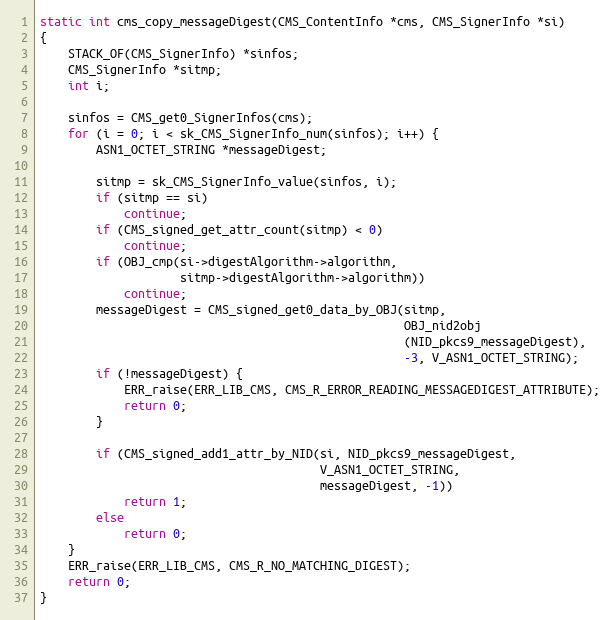
Language: C
static int cms_copy_messageDigest(CMS_ContentInfo *cms, CMS_SignerInfo *si)
{
    STACK_OF(CMS_SignerInfo) *sinfos;
    CMS_SignerInfo *sitmp;
    int i;

    sinfos = CMS_get0_SignerInfos(cms);
    for (i = 0; i < sk_CMS_SignerInfo_num(sinfos); i++) {
        ASN1_OCTET_STRING *messageDigest;

        sitmp = sk_CMS_SignerInfo_value(sinfos, i);
        if (sitmp == si)
            continue;
        if (CMS_signed_get_attr_count(sitmp) < 0)
            continue;
        if (OBJ_cmp(si->digestAlgorithm->algorithm,
                    sitmp->digestAlgorithm->algorithm))
            continue;
        messageDigest = CMS_signed_get0_data_by_OBJ(sitmp,
                                                    OBJ_nid2obj
                                                    (NID_pkcs9_messageDigest),
                                                    -3, V_ASN1_OCTET_STRING);
        if (!messageDigest) {
            ERR_raise(ERR_LIB_CMS, CMS_R_ERROR_READING_MESSAGEDIGEST_ATTRIBUTE);
            return 0;
        }

        if (CMS_signed_add1_attr_by_NID(si, NID_pkcs9_messageDigest,
                                        V_ASN1_OCTET_STRING,
                                        messageDigest, -1))
            return 1;
        else
            return 0;
    }
    ERR_raise(ERR_LIB_CMS, CMS_R_NO_MATCHING_DIGEST);
    return 0;
}